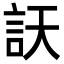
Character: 䚶